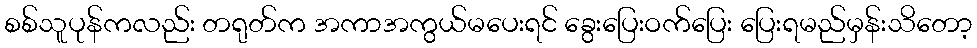
စစ်သူပုန်ကလည်း တရုတ်က အကာအကွယ်မပေးရင် ခွေးပြေးဝက်ပြေး ပြေးရမည်မှန်းသိတော့